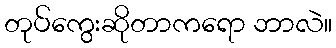
တုပ်ကွေးဆိုတာကရော ဘာလဲ။